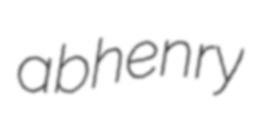
abhenry